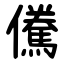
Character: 儯